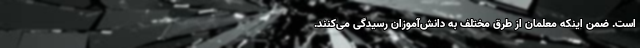
است. ضمن اینکه معلمان از طرق مختلف به دانش‌آموزان رسیدگی می‌کنند.